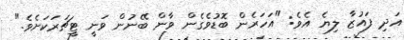
އަދި ފައުޒާ ލިޔެ އެވެ: "އަހަރެން ބޮޑުވެގެން ވާން ބޭނުން ވަނީ ޓީޗަރަކަށެވެ."